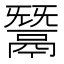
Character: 鬵